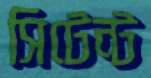
সিটেন্ট